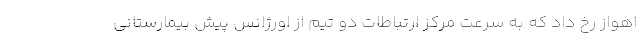
اهواز رخ داد که به سرعت مرکز ارتباطات دو تیم از اورژانس پیش بیمارستانی